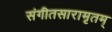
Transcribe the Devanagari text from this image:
संगीतसारामृतम्